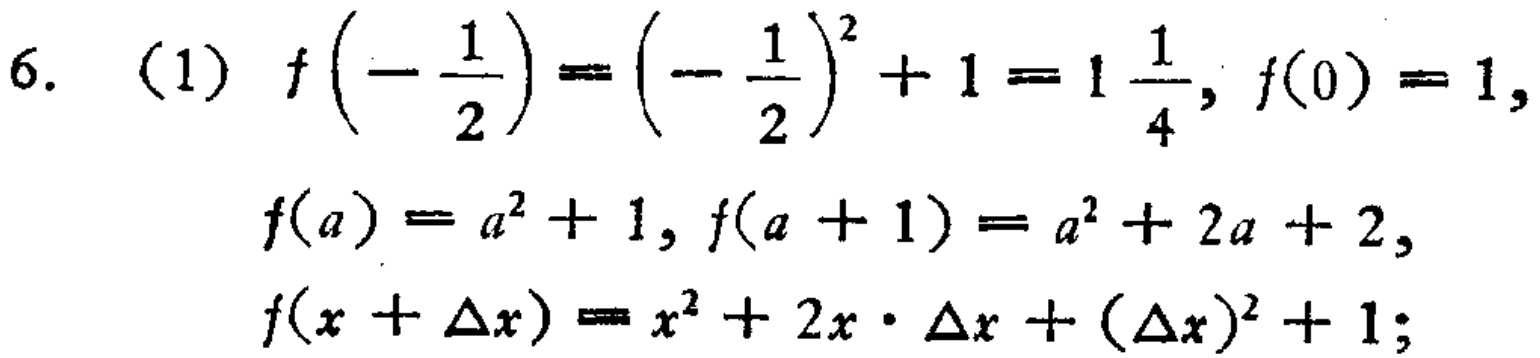
6. （1）\(f\left(-\frac{1}{2}\right)=\left(-\frac{1}{2}\right)^{2}+1 = 1\frac{1}{4}, f(0)=1,\)

\(f(a)=a^{2}+1, f(a + 1)=a^{2}+2a + 2,\)

\(f(x+\Delta x)=x^{2}+2x\cdot\Delta x+(\Delta x)^{2}+1;\)